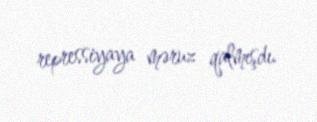
repressiyaya məruz qalmışdı.